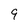
Character: 9